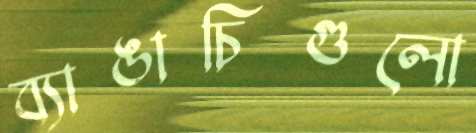
ব্যাঙাচিগুলো